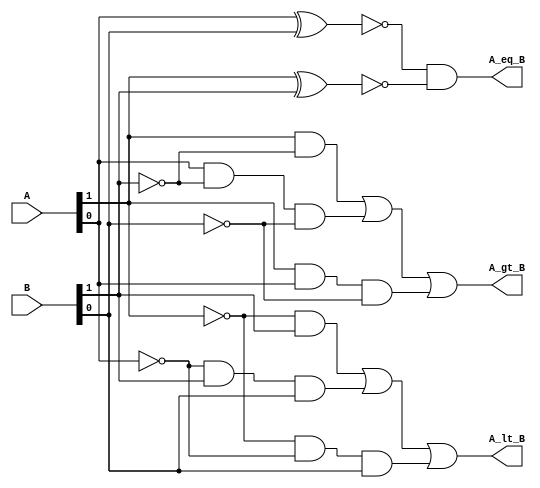
`timescale 1ns / 1ps
//////////////////////////////////////////////////////////////////////////////////
// Company: 
// Engineer: 
// 
// Design Name: 
// Module Name: tow_bitComparator
// Project Name: 
// Target Devices: 
// Tool Versions: 
// Description: 
// 
// Dependencies: 
// 
// Revision:
// Revision 0.01 - File Created
// Additional Comments:
// 
//////////////////////////////////////////////////////////////////////////////////


module tow_bitComparator(A_gt_B, A_lt_B, A_eq_B, A, B );

input[1:0] A, B;

output A_gt_B, A_lt_B, A_eq_B;

wire a0, a1, b0, b1;
wire [7:0] out;

not not1(a0, A[0]);
not not2(a1, A[1]);
not not3(b0, B[0]);
not not4(b1, B[1]);

//for A greater than B

and and1(out[0], A[1], b1);
and and2(out[1], A[0], b1, b0);
and and3(out[2], A[1], A[0],  b0);

or or1(A_gt_B, out[0], out[1], out[2]);

//for A less than B

and and4(out[3], a1, B[1]);
and and5(out[4], a0, B[1], B[0]);
and and6(out[5], a1, a0,  B[0]);

or or2(A_lt_B, out[3], out[4], out[5]);

//for A equal to B
xnor xnor1(out[6], A[0], B[0]);
xnor xnor2(out[7], A[1], B[1]);

and and7(A_eq_B, out[6], out[7]);



endmodule

module tb();

reg[1:0] A, B;

wire A_gt_B, A_lt_B, A_eq_B;

initial 
begin 

#00 {A[1], A[0], B[1], B[0]} = 4'b0000;
#10 {A[1], A[0], B[1], B[0]} = 4'b0001;
#10 {A[1], A[0], B[1], B[0]} = 4'b0010;
#10 {A[1], A[0], B[1], B[0]} = 4'b0011;
#10 {A[1], A[0], B[1], B[0]} = 4'b0100;
#10 {A[1], A[0], B[1], B[0]} = 4'b0101;
#10 {A[1], A[0], B[1], B[0]} = 4'b0110;
#10 {A[1], A[0], B[1], B[0]} = 4'b0111;
#10 {A[1], A[0], B[1], B[0]} = 4'b1000;
#10 {A[1], A[0], B[1], B[0]} = 4'b1001;
#10 {A[1], A[0], B[1], B[0]} = 4'b1010;
#10 {A[1], A[0], B[1], B[0]} = 4'b1011;
#10 {A[1], A[0], B[1], B[0]} = 4'b1100;
#10 {A[1], A[0], B[1], B[0]} = 4'b1101;
#10 {A[1], A[0], B[1], B[0]} = 4'b1110;
#10 {A[1], A[0], B[1], B[0]} = 4'b1111;

#10 $stop;
end

initial 

    $monitor($time, " Muhammad Riaz Ali, ns -- { A1, A0} = %b, {B1, B0} = %b, A_lt_B = %b, A_eq_B = %b -- A_gt_B =%b", {A[1], A[0]}, {B[1], B[0]}, A_lt_B, A_eq_B, A_gt_B);
   // $monitor( $time, "ns  --{ A1, A0} = %b, {B1, B0} = %b, A_eq_B = %b, A_lt_B = %b -- A_gt_B = %b", {A[1], A[0]}, {B[1], B[0]} A_gt_B, A_lt_B, A_eq_B); 
    

tow_bitComparator inst0(A_gt_B, A_lt_B, A_eq_B, A, B );
 
endmodule